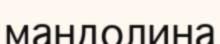
мандолина